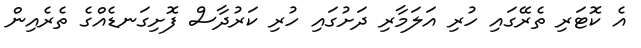
އެ ކޮޓަރި ތެރޭގައި ހުރި އަލަމާރި ދަށުގައި ހުރި ކަރުދާސް ފޮށިގަނޑެއްގެ ތެރެއިން